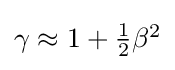
{\textstyle \gamma \approx 1+{\frac {1}{2}}\beta ^{2}}